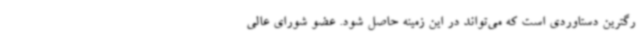
رگترین دستاوردی است که می‌تواند در این زمینه حاصل شود. عضو شورای عالی